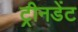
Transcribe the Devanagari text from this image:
ट्रीनडेंट